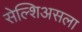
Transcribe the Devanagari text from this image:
सेल्शिअसला